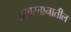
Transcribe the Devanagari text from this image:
अरबस्तानातील